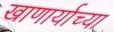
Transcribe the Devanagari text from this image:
खाणार्याच्या